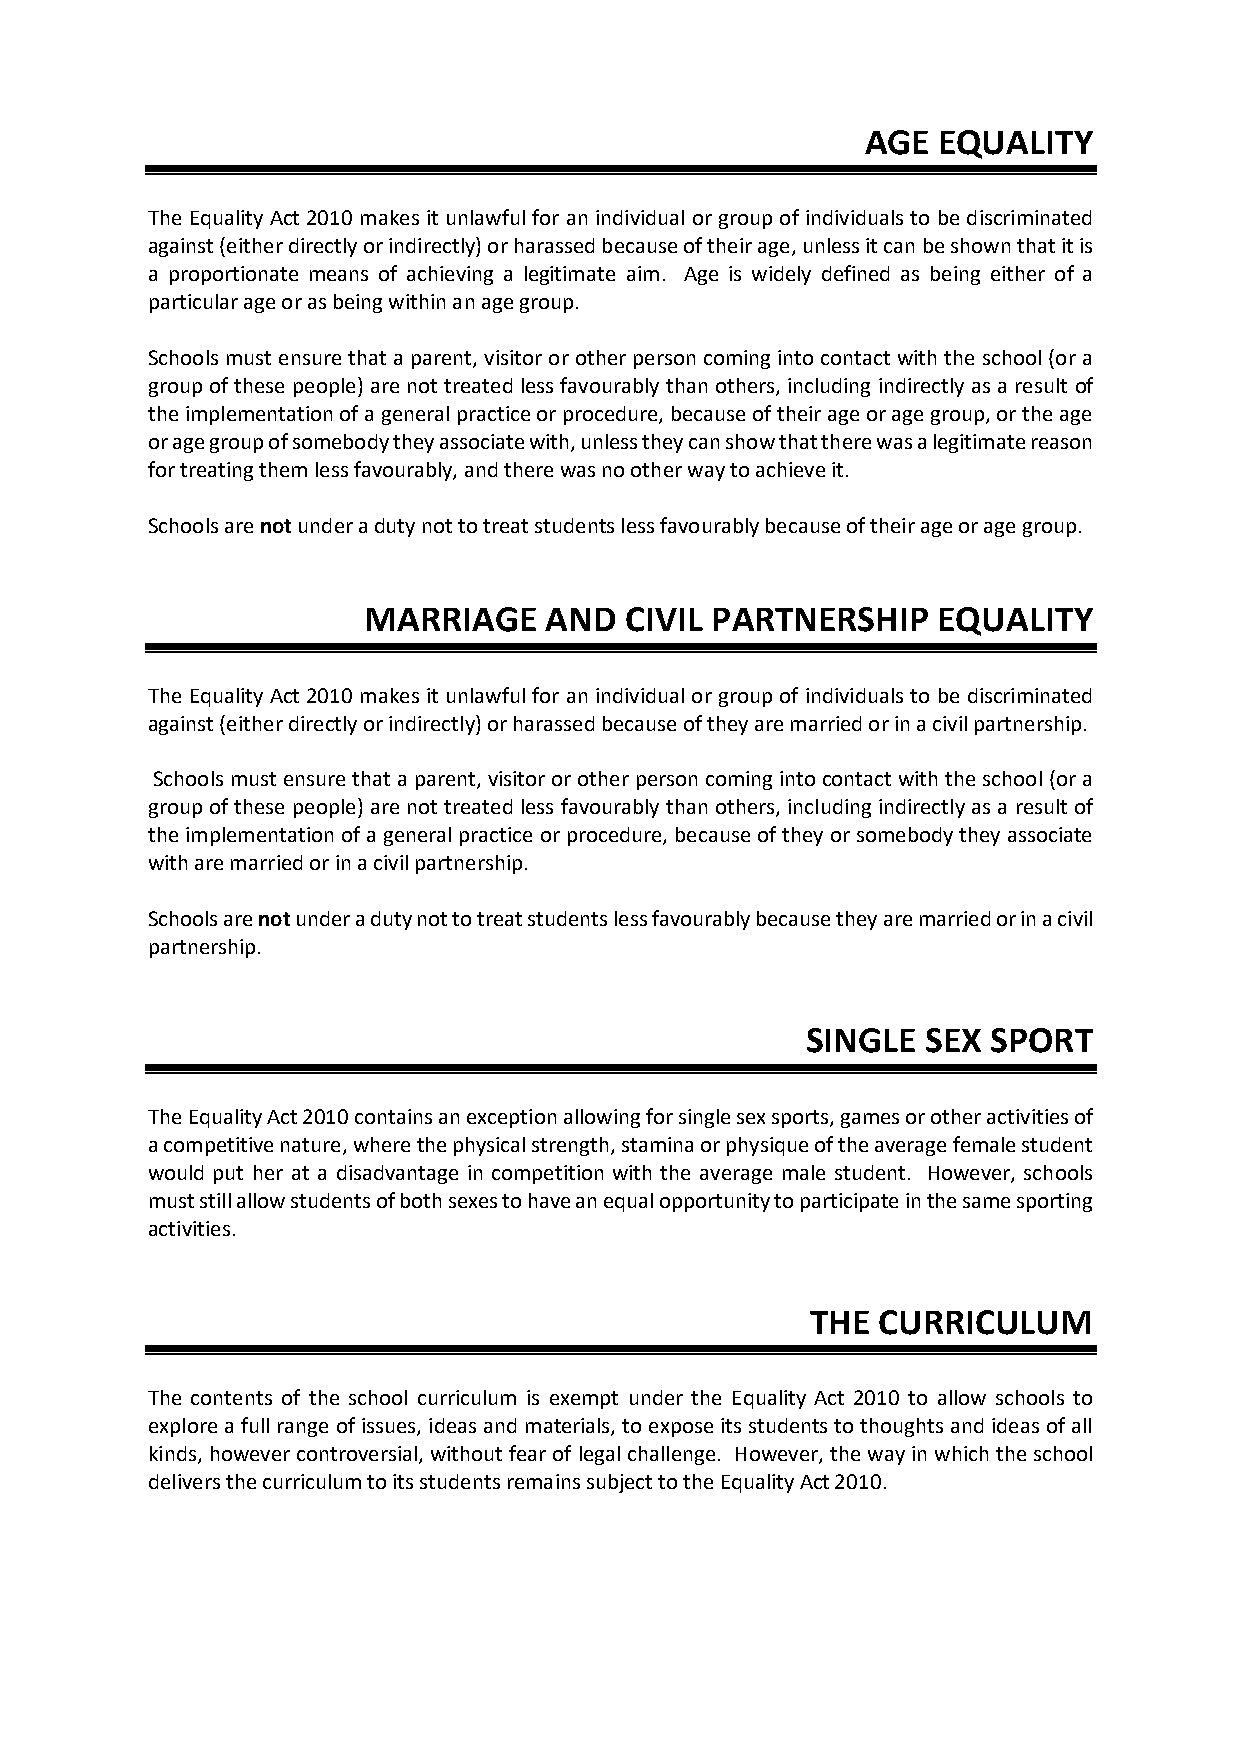
AGE  EQUALITY
 The Equality Act 2010 makes it unlawful for an individual or group of individuals to be discriminated
 against (either directly or indirectly) or harassed because of their age, unless it can be shown that it is
 a proportionate means of achieving a legitimate aim. Age is widely defined as being either of a
 particular age or as being within an age group.
 Schools must ensure that a parent, visitor or other person coming into contact with the school (or a
 group of these people) are not treated less favourably than others, including indirectly as a result of
 the implementation of a general practice or procedure, because of their age or age group, or the age
 or age group of somebody they associate with, unless they can show that there was a legitimate reason
 for treating them less favourably, and there was no other way to achieve it.
 Schools are not under a duty not to treat students less favourably because of their age or age group.
 MARRIAGE    AND  CIVIL PARTNERSHIP    EQUALITY
 The Equality Act 2010 makes it unlawful for an individual or group of individuals to be discriminated
 against (either directly or indirectly) or harassed because of they are married or in a civil partnership.
 Schools must ensure that a parent, visitor or other person coming into contact with the school (or a
 group of these people) are not treated less favourably than others, including indirectly as a result of
 the implementation of a general practice or procedure, because of they or somebody they associate
 with are married or in a civil partnership.
 Schools are not under a duty not to treat students less favourably because they are married or in a civil
 partnership.
 SINGLE  SEX  SPORT
 The Equality Act 2010 contains an exception allowing for single sex sports, games or other activities of
 a competitive nature, where the physical strength, stamina or physique of the average female student
 would put her at a disadvantage in competition with the average male student. However, schools
 must still allow students of both sexes to have an equal opportunity to participate in the same sporting
 activities.
 THE CURRICULUM
 The contents of the school curriculum is exempt under the Equality Act 2010 to allow schools to
 explore a full range of issues, ideas and materials, to expose its students to thoughts and ideas of all
 kinds, however controversial, without fear of legal challenge. However, the way in which the school
 delivers the curriculum to its students remains subject to the Equality Act 2010.